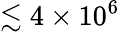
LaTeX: \lesssim 4\times 10^{6}